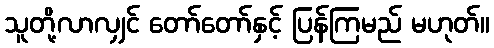
သူတို့လာလျှင် တော်တော်နှင့် ပြန်ကြမည် မဟုတ်။